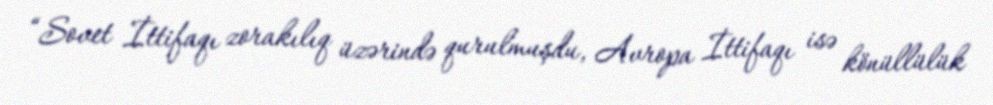
“Sovet İttifaqı zorakılıq üzərində qurulmuşdu, Avropa İttifaqı isə könüllülük